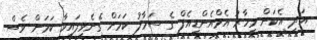
އަދި އެކަން މިހާރު އެމްއެންޑީއެފް ގެ ސަމާލު ކަމަށް ގެނެވިފައިވާ ކަމަށް ވެސް